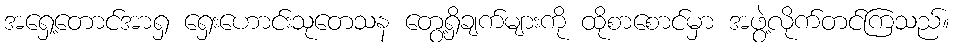
အရှေ့တောင်အာရှ ရှေးဟောင်းသုတေသန တွေ့ရှိချက်များကို ထိုစာစောင်မှာ အဖွဲ့လိုက်တင်ကြသည်။